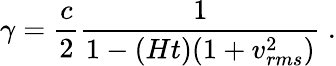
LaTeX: \gamma={\frac{c}{2}}{\frac{1}{1-(Ht)(1+v_{rms}^{2})}}\ .